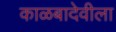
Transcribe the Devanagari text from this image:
काळबादेवीला